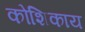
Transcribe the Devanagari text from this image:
कोशिकाय